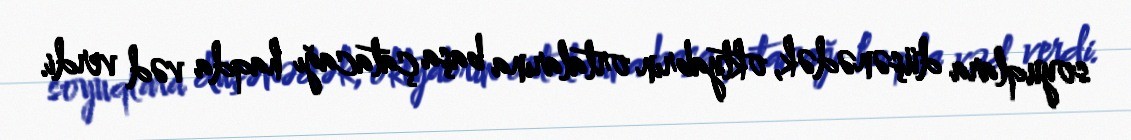
soyuqlara düşənədək, oktyabrın ortalarına başa çatacağı haqda vəd verdi.